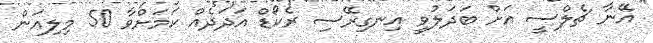
އޭނާ ޗެލްސީ އަށް ބަދަލުވީ އިނގިރޭސި ރެކޯޑް އަދަދެއް ކަމަށްވާ 50 މިލިއަން